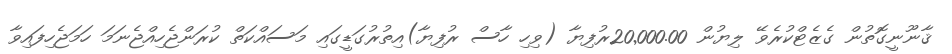
ޤާނޫނީގޮތުން ގެޒެޓްކުރެވޭ ލިޔުން 20